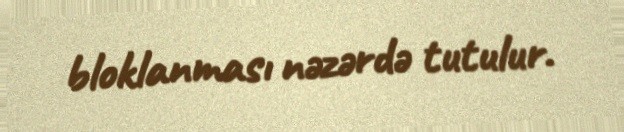
bloklanması nəzərdə tutulur.